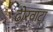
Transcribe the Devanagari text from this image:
ढोरवाटा